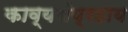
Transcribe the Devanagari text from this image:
काव्यसंप्रदाय